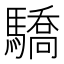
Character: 驕